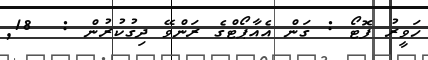
ހަވީރު ފޮޓޯ : ގަން އެއާޕޯޓްގެ ރަންވޭ ދިގުކުރުން :  18